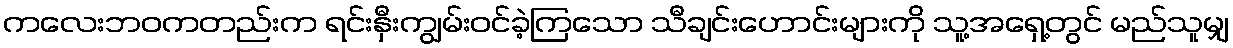
ကလေးဘဝကတည်းက ရင်းနှီးကျွမ်းဝင်ခဲ့ကြသော သီချင်းဟောင်းများကို သူ့အရှေ့တွင် မည်သူမျှ